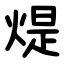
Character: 煶